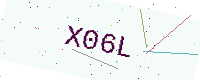
Text: X06L